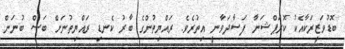
ބޮޑުވަޒީރަކާއެކު ކޮރަޕްޝަނާ ފަސާދަވާނީ އިތުރެވެ. ރައްޔިތުންގެ ބާރު ކެނޑި ރައްޔިތުނަށް ބަސް ބުނަން